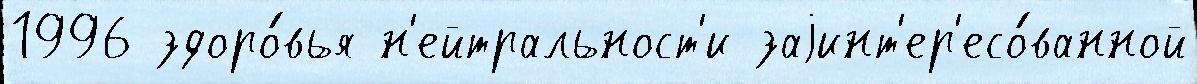
1996 здоро́вья н'ейтральност'и заjинт'ер'есо́ванной